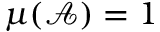
\mu ( { \mathcal { A } } ) = 1